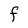
Character: F